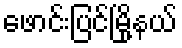
ဖောင်းပြင်မြို့နယ်